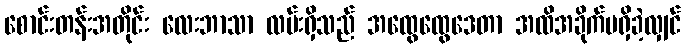
စောင်းတန်းအတိုင်း လေးဘာသာ လမ်းရှိသည် အထွေထွေဒေတာ အထိအခိုက်မရှိခဲ့လျှင်